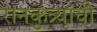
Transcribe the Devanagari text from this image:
रानकुत्र्यांची